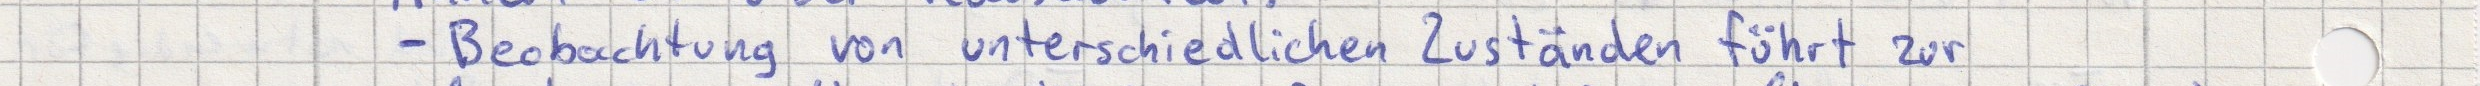
- Beobachtung von unterschiedlichen Zuständen führt zur